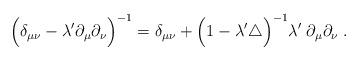
LaTeX: \begin{align*}\Big(\delta_{\mu \nu} -\lambda^\prime \partial_\mu \partial_\nu \Big)^{-1} =\delta_{\mu \nu} + \Big(1-\lambda^\prime \triangle \Big)^{-1}\lambda^\prime \; \partial_\mu \partial_\nu \; .\end{align*}